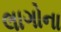
લાગોના